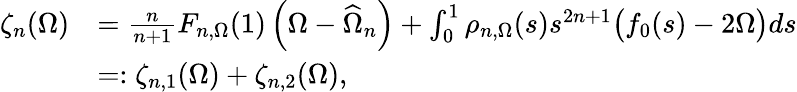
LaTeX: \begin{array}{rl}{\zeta_{n}(\Omega)}&{=\frac{n}{n+1}F_{n,\Omega}(1)\left(\Omega-\widehat\Omega_{n}\right)+\int_{0}^{1}\rho_{n,\Omega}(s)s^{2n+1}\big(f_{0}(s)-2\Omega\big)ds}\\ &{=:\zeta_{n,1}(\Omega)+\zeta_{n,2}(\Omega),}\end{array}